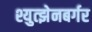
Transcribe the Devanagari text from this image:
श्युत्झेनबर्गर